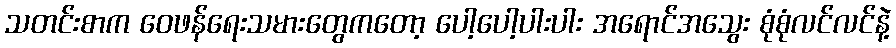
သတင်းစာက ဝေဖန်ရေးသမားတွေကတော့ ပေါ့ပေါ့ပါးပါး အရောင်အသွေး စုံစုံလင်လင်နဲ့